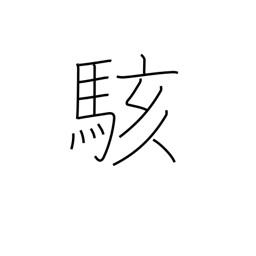
Meaning: be surprised